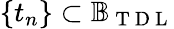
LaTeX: \{ t_{n}\} \subset\mathbb{B}_{\mathrm{~T~D~L~}}